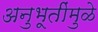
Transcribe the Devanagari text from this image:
अनुभूतींमुळे